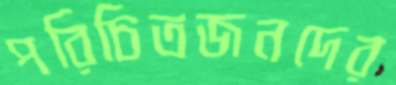
পরিচিতজনদের